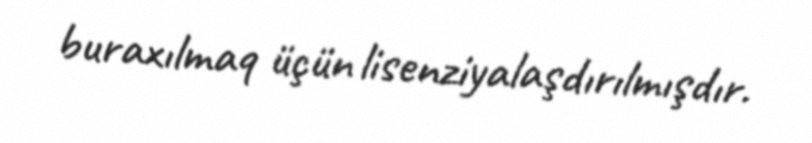
buraxılmaq üçün lisenziyalaşdırılmışdır.